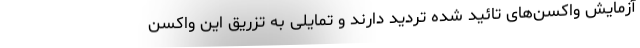
آزمایش واکسن‌های تائید شده تردید دارند و تمایلی به تزریق این واکسن